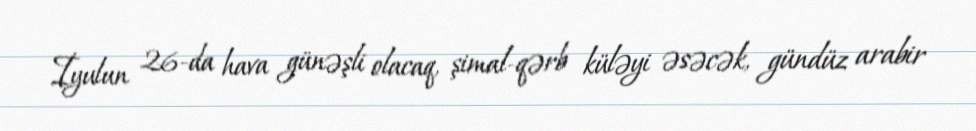
İyulun 26-da hava günəşli olacaq, şimal-qərb küləyi əsəcək, gündüz arabir